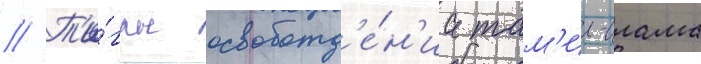
// Т'и́гры освобожд'е́н'иа там'ил-илама